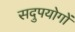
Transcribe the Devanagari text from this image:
सदुपयोगों